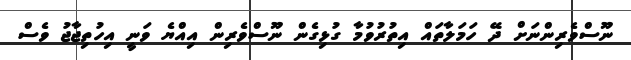
ނޫސްވެރިންނަށް ދޭ ހަމަލާތައް އިތުރުވުމާ ގުޅިގެން ނޫސްވެރިން އިއްޔެ ވަނީ އިހުތިޖާޖު ވެސް